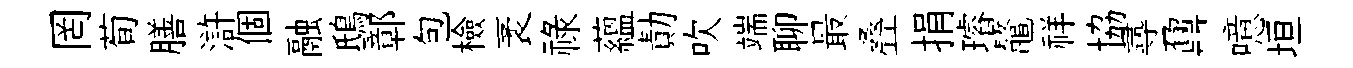
罔荀膳滸個融鴟鄣包檢袤祿藴勣吹端聊最叠捐璿鼇祥協𡬶鼐噫垣